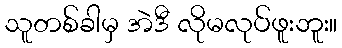
သူတစ်ခါမှ အဲဒီ လိုမလုပ်ဖူးဘူး။